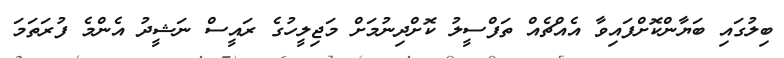
ބިލުގައި ބަޔާންކޮށްފައިވާ އެއްޗެއް ތަފްސީލު ކޮށްދިނުމަށް މަޖިލީހުގެ ރައީސް ނަޝީދު އެންމެ ފުރަތަމަ